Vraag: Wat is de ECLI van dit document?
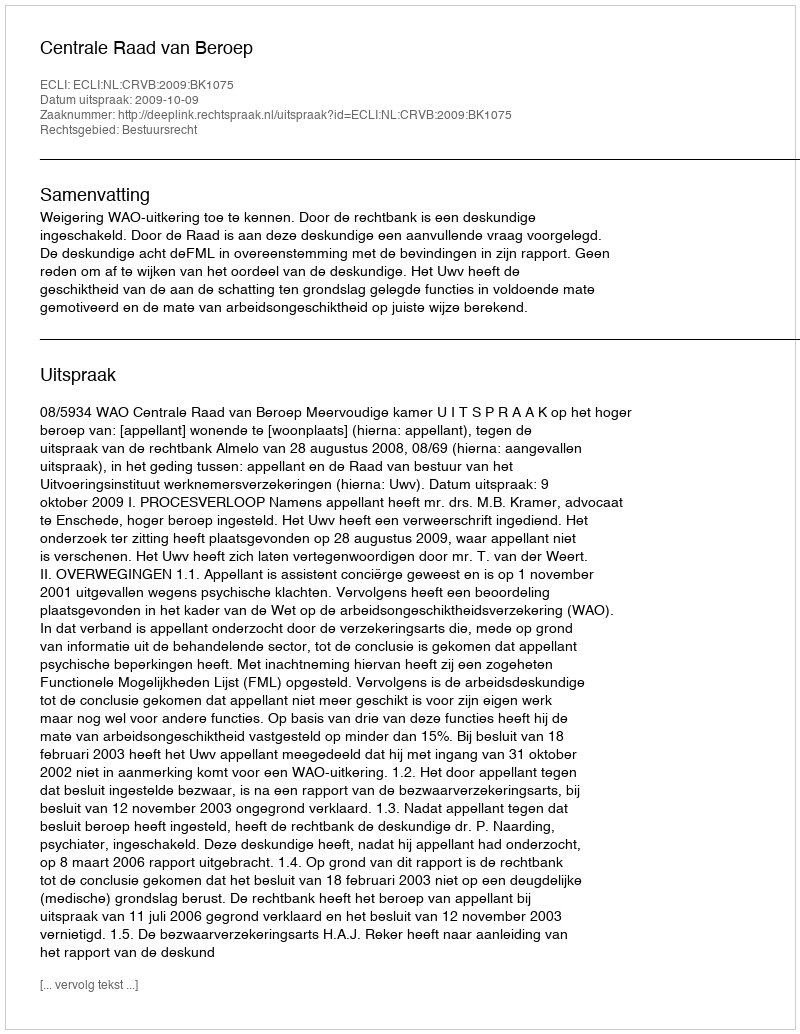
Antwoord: ECLI:NL:CRVB:2009:BK1075